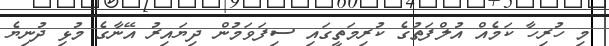
މި ހުރިހާ ކަމެއް އުލްފަތުގެ ކުރިމަތީގައި ސިފަވަމުން ދިޔައިރު އޭނާގެ މުޅި ދުނިޔެ